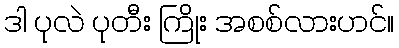
ဒါ ပုလဲ ပုတီး ကြိုး အစစ်လားဟင်။